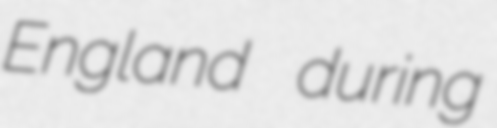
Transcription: England during